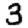
Digit: 3